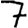
Digit: 7